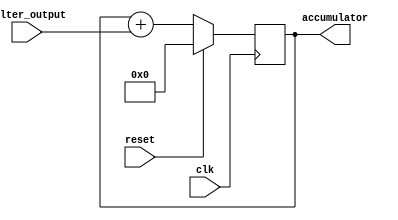
module accumulator (
  input wire clk,
  input wire reset,
  input wire filter_output,
  output reg [15:0] accumulator
);

// Initialize accumulator with 0
initial begin
  accumulator = 16'd0;
end

// Update accumulator value on positive edge of clock
always @(posedge clk) begin
  if (reset) begin
    accumulator <= 16'd0;
  end else begin
    accumulator <= accumulator + filter_output;
  end
end

endmodule